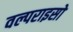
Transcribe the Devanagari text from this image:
वल्पराइसो